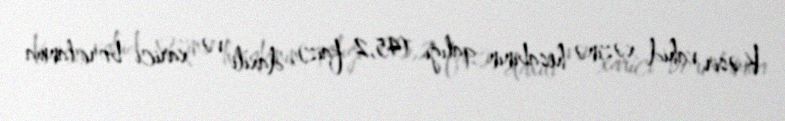
Kəsir vahid xəzinə hesabının qalığı (45,2 faiz), daxili və xarici borclanma